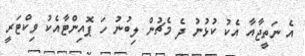
އެ ނަތީޖާއާ އެކު ކުޅުނު ދެ މެޗުން ލިބުނު ހަ ޕޮއިންޓާއެކު ވިކްޓަރީ